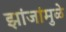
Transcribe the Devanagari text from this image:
झांजांमुळे